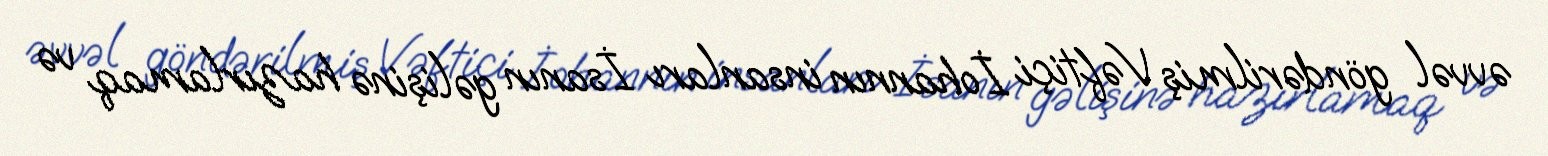
əvvəl göndərilmiş Vəftiçi İohannın insanları İsanın gəlişinə hazırlamaq və